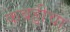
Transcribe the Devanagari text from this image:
कबड्डीचा